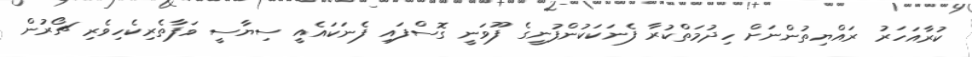
ކުރާއަހަރު ރައްޔިތުންނަށް ހިދުމަތްކުރާ ފެނަކަކުންފުނީގެ ފޫވަނީ ގޮސްފައި ފެނަކައެއީ ސިޔާސީ ވަފާތެރިކެހިވެރި ޗޯރުން